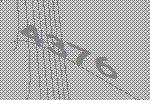
4376